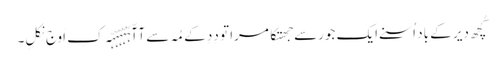
کُچھ دیر کے باد اُسنے ایک جورسے جھتکا مرا تو دِدِ کے مُہ سے آآّہّہّہّہّہّہ کِ اَوج نِکلِ۔